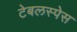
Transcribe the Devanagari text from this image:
टेबलस्पेस